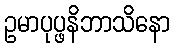
ဥမာပုပ္ဖနိဘာသိနော